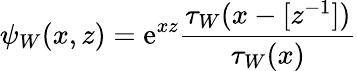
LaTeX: \psi_{W}(x,z)=\mathrm{e}^{xz}\frac{{\tau_{W}(x-[z^{-1}])}}{{\tau_{W}(x)}}